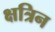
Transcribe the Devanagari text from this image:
क्षत्रिन